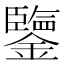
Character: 鑒